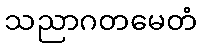
သညာဂတမေတံ